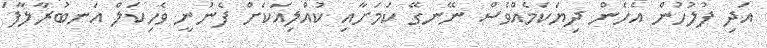
އަދި ފުލުހުން އެހެން ދިޔަކަމެއްވެސް ނޭނގޭ ކަމަށާއި ކުއްލިއަކަށް ފެނުނީ ވެހިކަލް އަނބުރާލާފަ